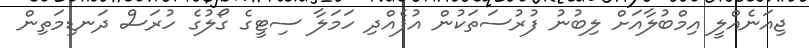
ޖިއަނެއްލީ އިމްބުލާއަށް ލިބުނު ފުރުސަތަކުން އުފެއްދި ހަމަލާ ސިޓީގެ ގޯލުގެ ހުރަސް ދަނޑިމަތިން